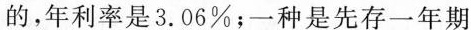
的，年利率是3.06%；一种是先存一年期